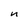
Character: n